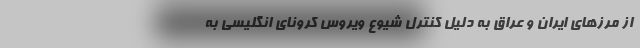
از مرزهای ایران و عراق به دلیل کنترل شیوع ویروس کرونای انگلیسی به